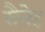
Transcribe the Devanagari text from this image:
सैनेह